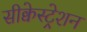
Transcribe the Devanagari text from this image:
सीक्वेस्ट्रेशन